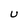
Character: U